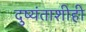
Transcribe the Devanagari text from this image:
दुष्यंताशीही